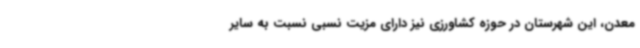
معدن، این شهرستان در حوزه کشاورزی نیز دارای مزیت نسبی نسبت به سایر